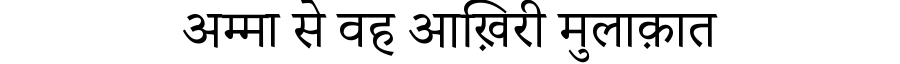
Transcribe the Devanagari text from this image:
अम्मा से वह आख़िरी मुलाक़ात